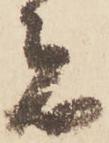
者